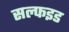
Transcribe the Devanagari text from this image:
सल्फइड